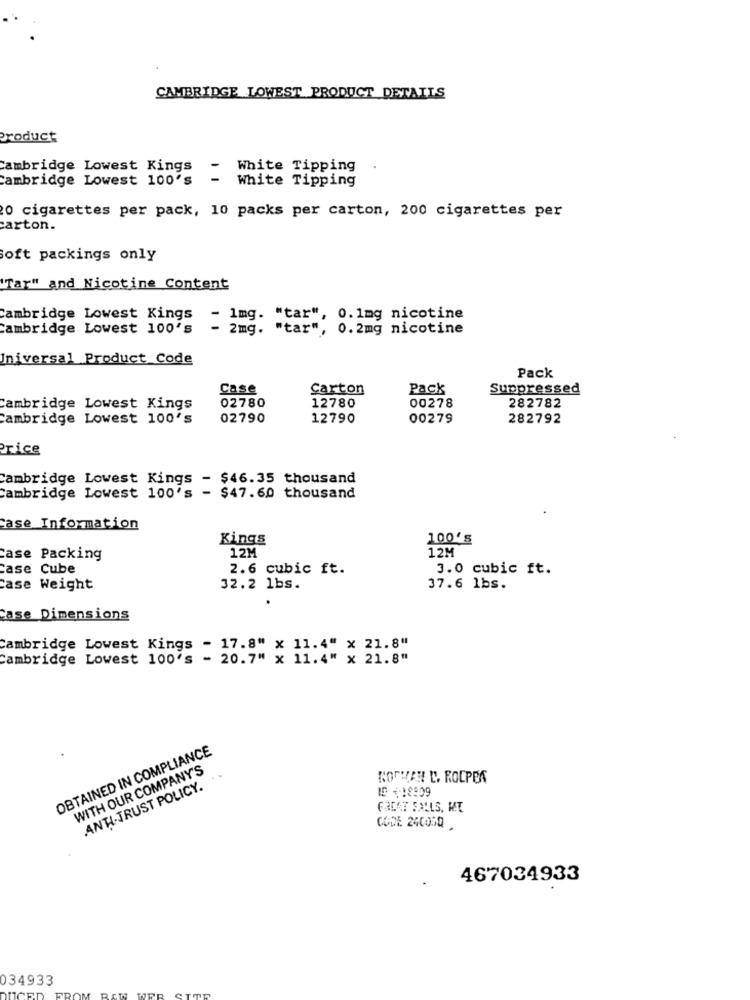
CAMBRIDGE LOWEST PRODUCT DETAILS
Product
Cambridge Lowest Kings
-
White Tipping
Cambridge Lowest 100's
- White Tipping
0 cigarettes per pack, 10 packs per carton, 200 cigarettes per
carton.
oft packings only
'Tar" and Nicotine Content
Cambridge Lowest Kings
- 1mg. "tar", 0.1mg nicotine
Cambridge Lowest 100's
- 2mg. "tar", 0.2mg nicotine
Universal Product Code
Pack
case
Carton
Pack
Suppressed
Cambridge Lowest Kings
02780
12780
00278
282782
Cambridge Lowest 100's
02790
12790
00279
282792
Price
Cambridge Lowest Kings - $46.35 thousand
Cambridge Lowest 100's - $47.60 thousand
case Information
Kings
100's
12M
Case Packing
12M
Case Cube
2.6 cubic ft.
3.0 cubic ft.
Case Weight
32.2 lbs.
37.6 lbs.
Case Dimensions
Cambridge Lowest Kings - 17.8" x 11.4" x 21.8"
Cambridge Lowest 100's - 20.7" x 11.4" x 21.8"
OBTAINED IN COMPLIANCE
WITH OUR COMPANY'S
NONHAN C. ROCPER
ANTI-TRUST POLICY.
IS +18909
GREAT FALLS, WT
CODE 240050
467034933
034933